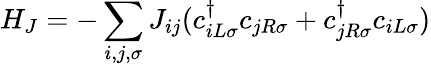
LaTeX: H_{J}=-\sum_{i,j,\sigma}J_{ij}(c_{iL\sigma}^{\dagger}c_{jR\sigma}+c_{jR\sigma}^{\dagger}c_{iL\sigma})